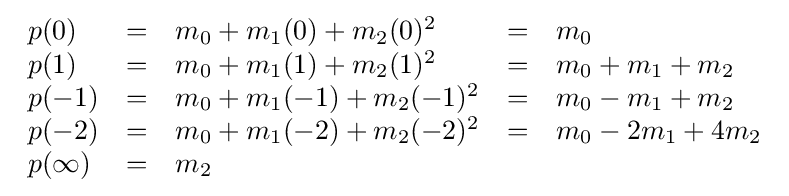
{\begin{array}{lrlrl}p(0)&=&m_{0}+m_{1}(0)+m_{2}(0)^{2}&=&m_{0}\\p(1)&=&m_{0}+m_{1}(1)+m_{2}(1)^{2}&=&m_{0}+m_{1}+m_{2}\\p(-1)&=&m_{0}+m_{1}(-1)+m_{2}(-1)^{2}&=&m_{0}-m_{1}+m_{2}\\p(-2)&=&m_{0}+m_{1}(-2)+m_{2}(-2)^{2}&=&m_{0}-2m_{1}+4m_{2}\\p(\infty )&=&m_{2}&&\end{array}}